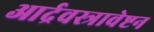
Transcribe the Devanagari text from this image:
आर्द्रवस्त्रावेष्टन